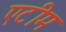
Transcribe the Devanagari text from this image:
एटीम